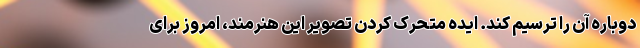
دوباره آن را ترسیم کند. ایده متحرک کردن تصویر این هنرمند، امروز برای